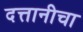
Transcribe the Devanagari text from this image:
दत्तानीचा